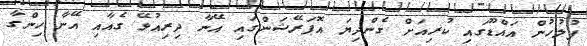
ފުލުހުން އައްޑޫގައި ކުރިއަށް ގެންދިޔަ އޮޕަރޭޝަންގައި އޭނާ ދިރިއުޅޭ ގެއާއި އޭނާ ހިންގާ